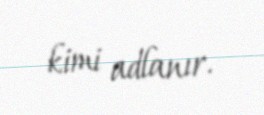
kimi adlanır.